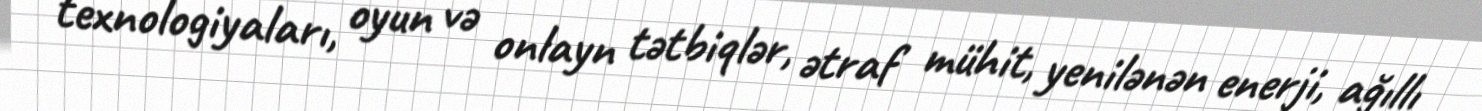
texnologiyaları, oyun və onlayn tətbiqlər, ətraf mühit, yenilənən enerji, ağıllı